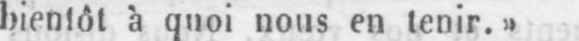
bientôt à quoi nous en tenir.»